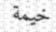
خيمة